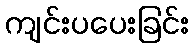
ကျင်းပပေးခြင်း